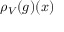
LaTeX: \rho _ { V } ( g ) ( x )